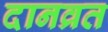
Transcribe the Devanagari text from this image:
दानव्रत